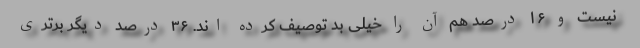
نیست و ۱۶ درصد هم آن را خیلی بد توصیف کرده اند. ۳۶ درصد دیگر برتری